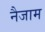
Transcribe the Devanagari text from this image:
नैजाम